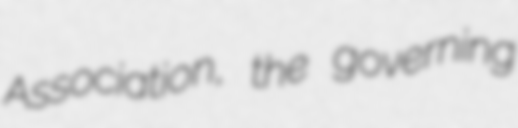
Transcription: Association, the governing